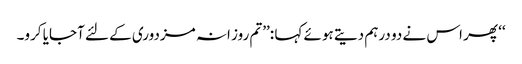
‘‘ پھر اس نے دو درہم دیتے ہوئے کہا :’’تم روز انہ مزدوری کے لئے آجایا کرو۔